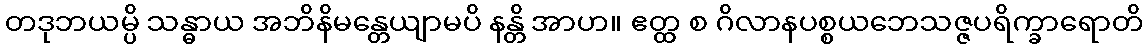
တဒုဘယမ္ပိ သန္ဓာယ အဘိနိမန္တေယျာမပိ နန္တိ အာဟ။ ဧတ္ထ စ ဂိလာနပစ္စယဘေသဇ္ဇပရိက္ခာရောတိ